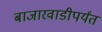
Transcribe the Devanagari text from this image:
बाजारवाडीपर्यंत